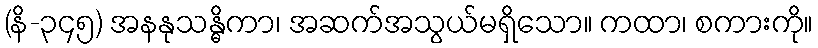
(နိ-၃၄၅) အနနုသန္ဓိကာ၊ အဆက်အသွယ်မရှိသော။ ကထာ၊ စကားကို။